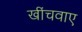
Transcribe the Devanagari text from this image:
खींचवाए